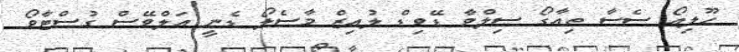
ހޫލިއޯ ސެސާ ތިއާގޯ ސިލްވާ ޑޭވިޑް ލުއިޒް މާސެލޯ ޑެނީ އަލްވޭސް ގުސްޓާވޯ